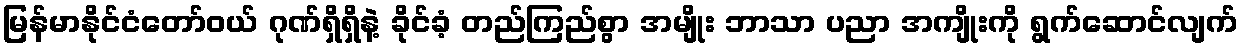
မြန်မာနိုင်ငံတော်ဝယ် ဂုဏ်ရှိရှိနဲ့ ခိုင်ခံ့ တည်ကြည်စွာ အမျိုး ဘာသာ ပညာ အကျိုးကို ရွက်ဆောင်လျက်